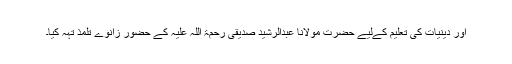
اور دینیات کی تعلیم کےلیے حضرت مولانا عبدالرشید صدیقی رحمۃ اللہ علیہ کے حضور زانوے تلمذ تہہ کیا۔